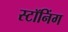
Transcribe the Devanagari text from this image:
स्टॉनिंग